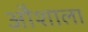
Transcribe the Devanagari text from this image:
औशाला